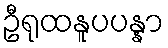
ဦရုထနူပပန္နာ